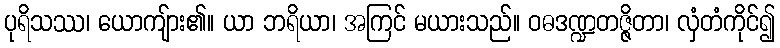
ပုရိသဿ၊ ယောကျ်ား၏။ ယာ ဘရိယာ၊ အကြင် မယားသည်။ ဝဓဒဏ္ဍတဇ္ဇိတာ၊ လှံတံကိုင်၍